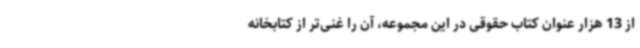
از 13 هزار عنوان کتاب حقوقی در این مجموعه، آن را غنی‌تر از کتابخانه